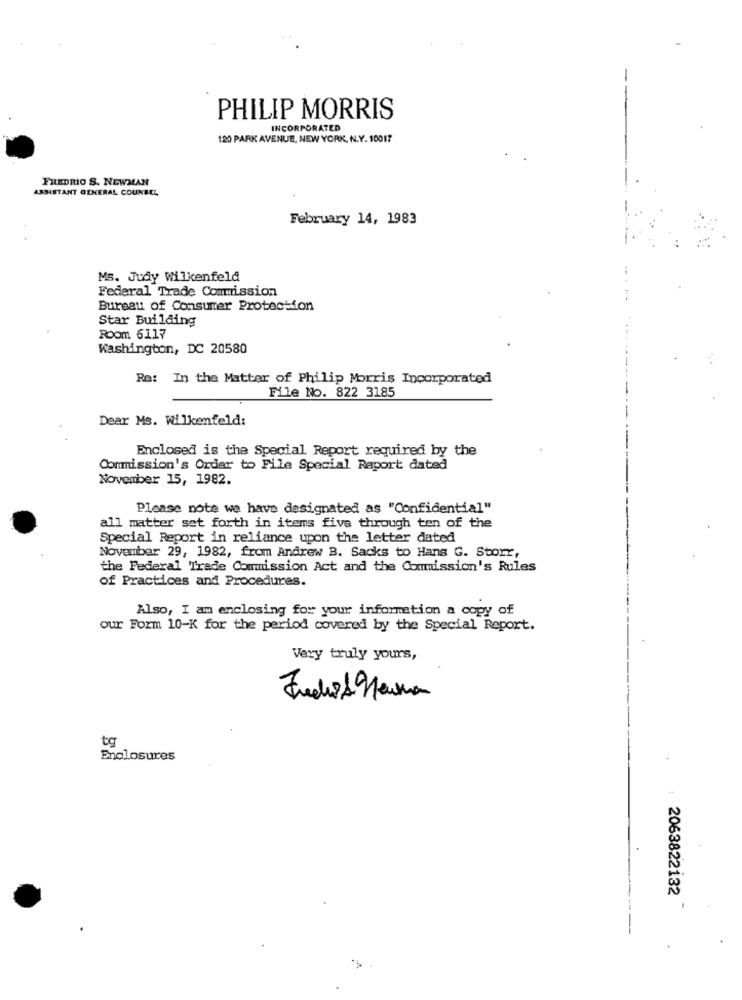
PHILIP MORRIS
INCORPORATED
120 PARK AVENUE, NEW YORK, N.Y. 10017
FREDRIO S. NEWMAN
ASSISTANT GENERAL COUNSEL
February 14, 1983
Ms. Judy Wilkenfeld
Federal Trade Commission
Bureau of Consumer Protection
Star Building
Room 6117
Washington, DC 20580
Re: In the Matter of Philip Morris Incorporated
File No. 822 3185
Dear Ms. wilkenfeld:
Enclosed is the Special Report required by the
Commission's Order to File Special Raport dated
November 15, 1982.
Please note we have designated as "Confidential"
all matter set forth in items five through ten of the
Special Report in reliance upon the letter dated
November 29, 1982, from Andrew B. Sacks to Hans G. Storr,
the Federal Trade Commission Act and the Commission's Rules
of Practices and Procedures.
Also, I am enclosing for your information a copy of
our Form 10-K for the period covered by the Special Report.
Very truly yours,
Judo 1 9euro
tg
Enclosures
2063822132